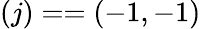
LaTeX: (j)==(-1,-1)